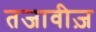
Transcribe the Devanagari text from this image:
तजावीज़